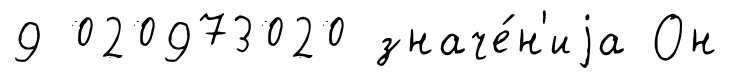
9 020973020 значе́н'иjа Он